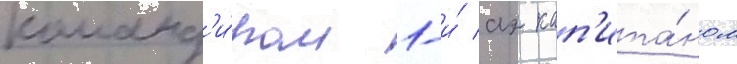
команд'и́ром 1-и́ аэ кап'ита́ном